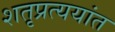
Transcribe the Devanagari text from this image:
शतृप्रत्ययांत